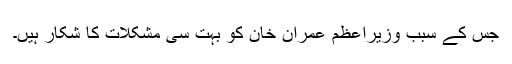
جس کے سبب وزیراعظم عمران خان کو بہت سی مشکلات کا شکار ہیں۔